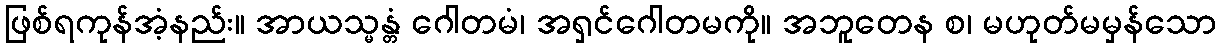
ဖြစ်ရကုန်အံ့နည်း။ အာယသ္မန္တံ ဂေါတမံ၊ အရှင်ဂေါတမကို။ အဘူတေန စ၊ မဟုတ်မမှန်သော